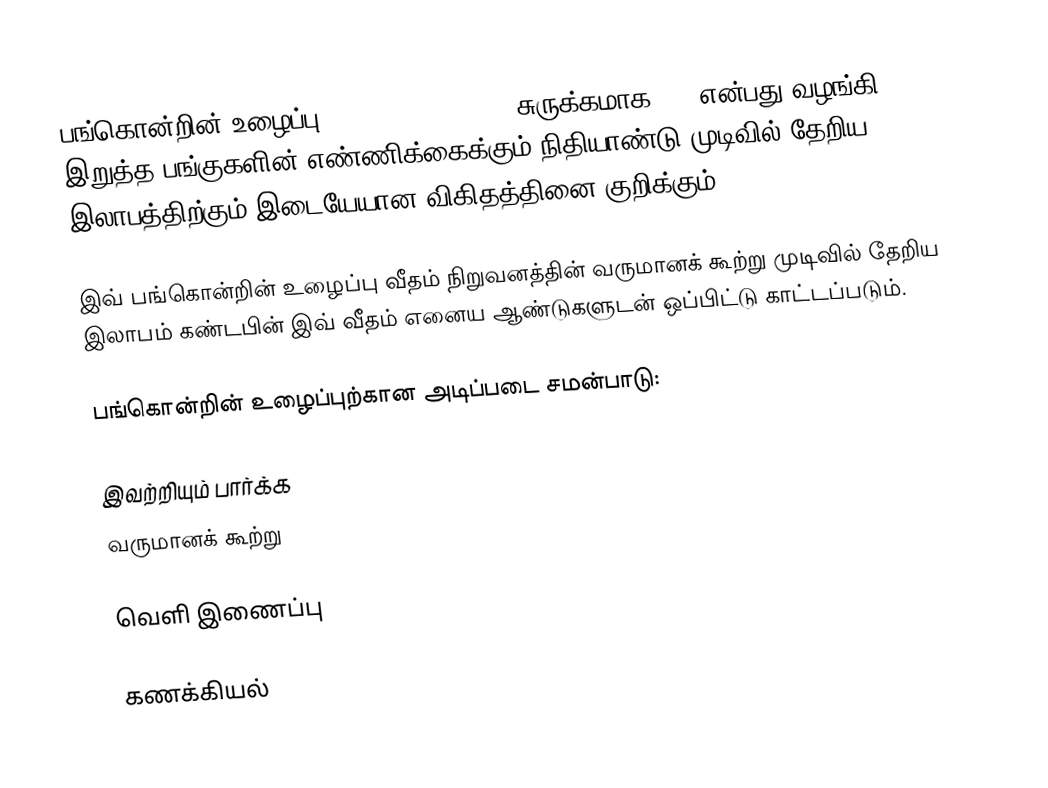
பங்கொன்றின் உழைப்பு(Earnings per share சுருக்கமாக EPS)என்பது வழங்கி இறுத்த பங்குகளின் எண்ணிக்கைக்கும் நிதியாண்டு முடிவில் தேறிய இலாபத்திற்கும் இடையேயான விகிதத்தினை குறிக்கும்.

இவ் பங்கொன்றின் உழைப்பு வீதம் நிறுவனத்தின் வருமானக் கூற்று முடிவில் தேறிய இலாபம் கண்டபின் இவ் வீதம் எனைய ஆண்டுகளுடன் ஒப்பிட்டு காட்டப்படும்.

பங்கொன்றின் உழைப்புற்கான அடிப்படை சமன்பாடு:

இவற்றியும் பார்க்க
 வருமானக் கூற்று

வெளி இணைப்பு

கணக்கியல்